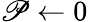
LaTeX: \mathscr{P}\gets0